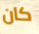
كان